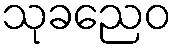
သုခညေဝ